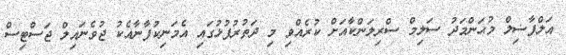
އަލްފާޟިލް މުޙަންމަދު ސަލިމް ސްރިލަންކާއަށް ކުރެއްވި މި ދަތުރުފުޅުގައި އެމަނިކުފާނާއެކު ޖުވެނައިލް ޖަސްޓިސް